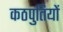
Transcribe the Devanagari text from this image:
कठपुतियों